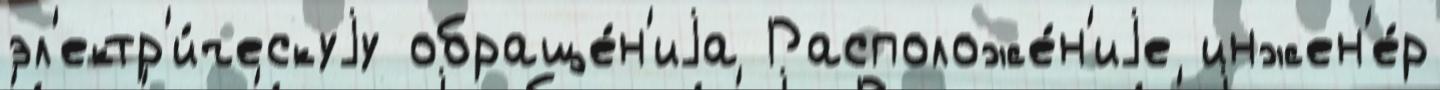
эл'ектр'и́ческуjу обраще́н'иjа Расположе́н'иjе инжен'е́р